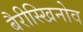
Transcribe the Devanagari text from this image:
बैरीस्खिनोव